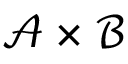
{ \mathcal { A } } \times { \mathcal { B } }